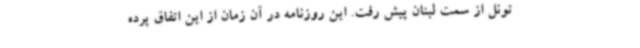
تونل از سمت لبنان پیش رفت. این روزنامه در آن زمان از این اتفاق پرده